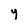
Character: y